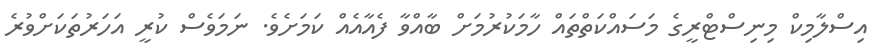
އިސްލާމިކް މިނިސްޓްރީގެ މަސައްކަތްތައް ހާމަކުރުމަށް ބާއްވާ ފެއާއެއް ކަމަށެވެ. ނަމަވެސް ކުރީ އަހަރުތަކަށްވުރެ